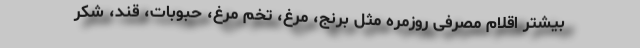
بیشتر اقلام مصرفی روزمره مثل برنج، مرغ، تخم مرغ، حبوبات، قند، شکر